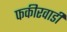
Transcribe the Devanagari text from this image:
फकीरवाडी